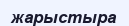
жарыстыра